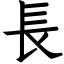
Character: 長